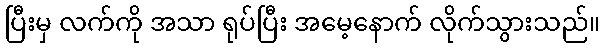
ပြီးမှ လက်ကို အသာ ရုပ်ပြီး အမေ့နောက် လိုက်သွားသည်။